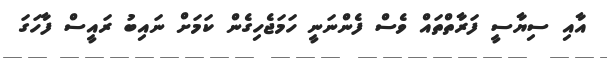
އާއި ސިޔާސީ ފަރާތްތައް ވެސް ފެންނަނީ ހަމަޖެހިގެން ކަމަށް ނައިބު ރައީސް ފާހަގަ